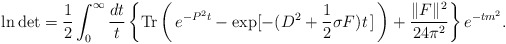
\begin{align*}\ln \mbox{det} = \frac{1}{2} \int_0^\infty \frac{dt}{t} \left\{ \mbox{Tr}\left(\!\ e^{-P^2t} - \exp[-(D^2 + \frac{1}{2} \sigma F) t\!\ ]\!\ \right)+ \frac{\|F\|^2}{24\pi^2} \right\} e^{-tm^2}. \end{align*}